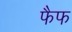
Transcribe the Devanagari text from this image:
फैफ